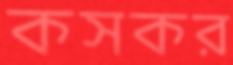
কসকর